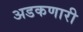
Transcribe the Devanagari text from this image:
अडकणारी